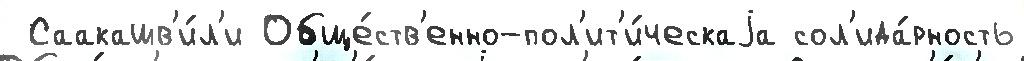
 Саакашв'и́л'и Обще́ств'енно-пол'ит'и́ческаjа сол'ида́рность